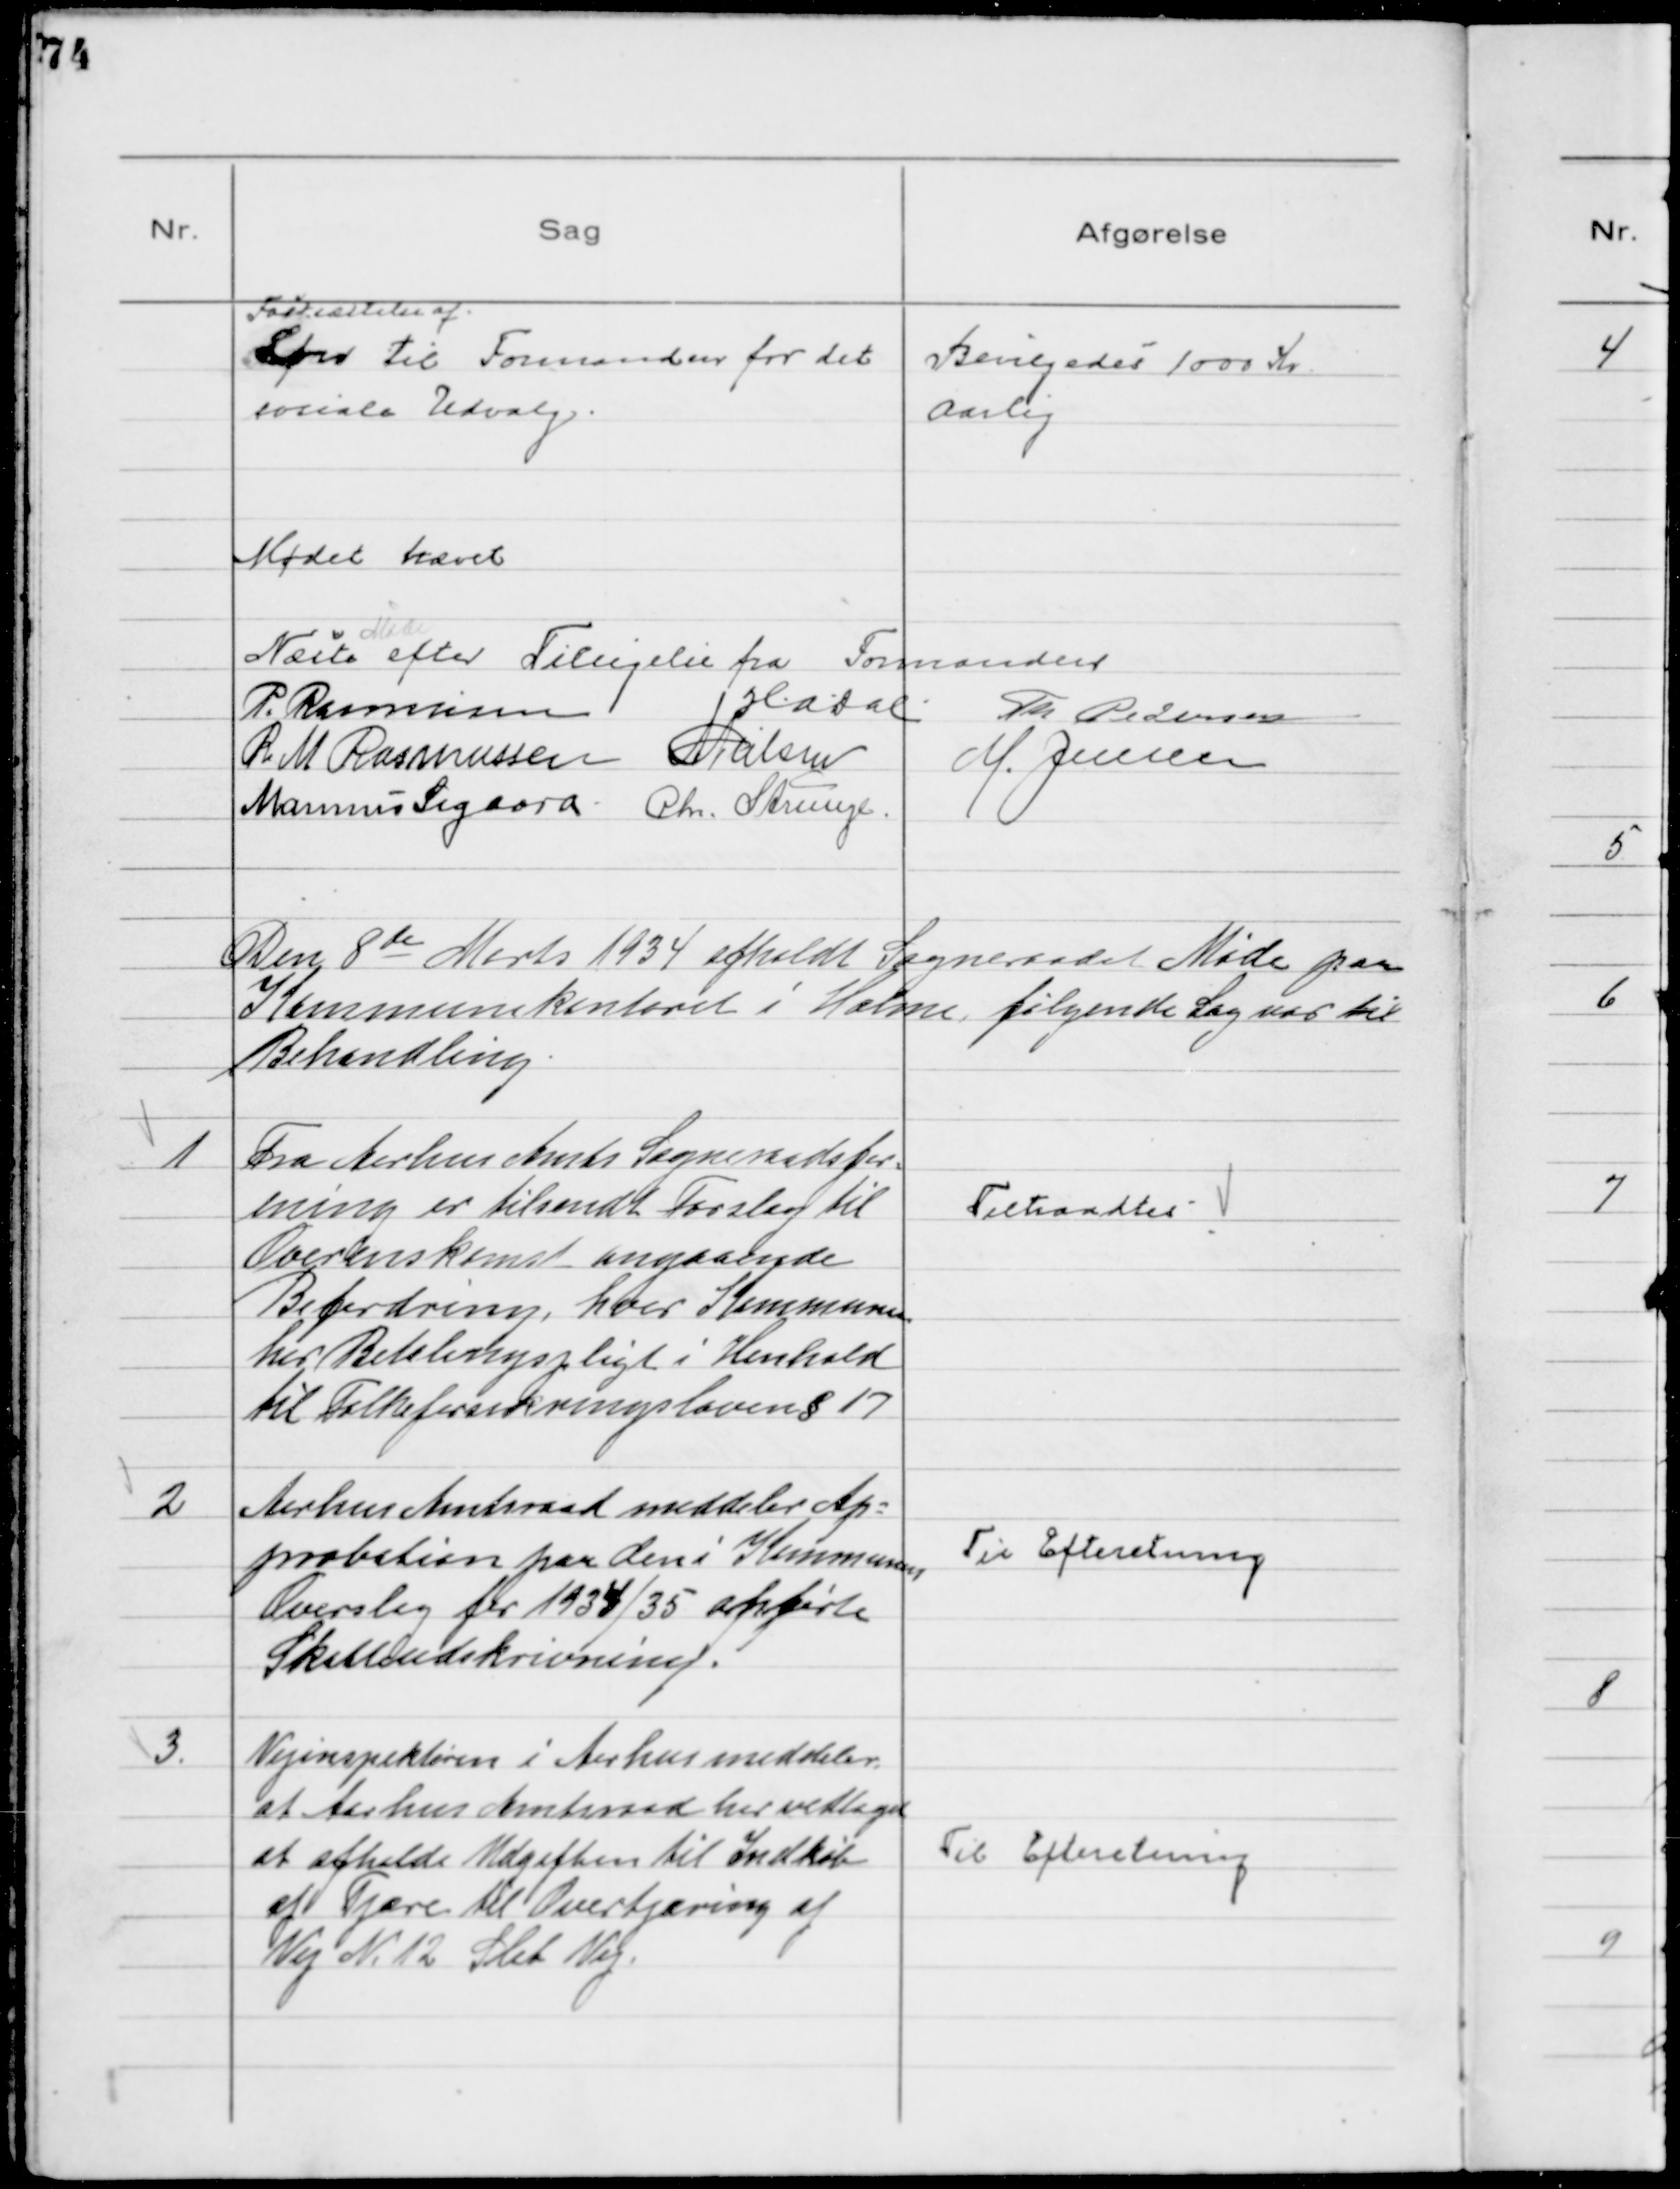
Transskription:
Fastsættelse af
Løn til Formanden for det
sociale Udvalg.

Bevilgedes 1000 Kr
Aarlig

Mødet hævet
Næste
Møde
efter Tilsigelse fra Formanden
P. Rasmussen
HADal Th Pedersen
R M Rasmussen NNielsen M. Jensen
Marinus Sigaard Chr. Strunge

Den 8de Marts 1934 afholdt Sogneraadet Møde paa
Kommunekontoret i Holme, følgende Sag var til
Behandling

1
Fra Aarhus Amts Sogneraadsfor-
ening er tilsendt Forslag til
Overenskomst angaaende
Befordring, hver Kommune
har Betalingspligt i Henhold
til Folkeforsikringsloven § 17

Tiltraadtes

2
Aarhus Amtsraad meddeler Ap-
probation paa den i Kommunens
Overslag for 1934/35 anførte
Skatteudskrivning.

Til Efteretning

3.
Vejinspektøren i Aarhus meddeler
at Aarhus Amtsraad har vedtaget
at afholde Udgiften til Indkøb
af Tjære til Overtjæring af
Vej № 12 Slet Vej.

Til Efteretning